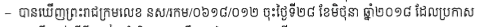
- បានឃើញព្រះរាជក្រឹត្យលេខ នស/រកម/០៦១៨/០១២ ចុះថ្ងៃទី២៨ ខែមិថុនា ឆ្នាំ២០១៨ ដែលប្រកាស